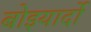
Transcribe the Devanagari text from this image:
बोइयार्दो